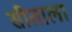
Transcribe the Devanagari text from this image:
सीताला